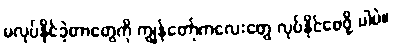
မလုပ်နိုင်ခဲ့တာတွေကို ကျွန်တော့်ကလေးတွေ လုပ်နိုင်စေဖို့ ပါပဲ။